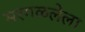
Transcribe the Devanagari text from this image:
मरगळलेला